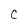
Character: C